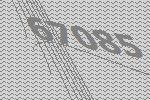
67085